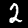
Label: 2